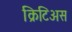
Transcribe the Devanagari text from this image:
क्रिटिअस